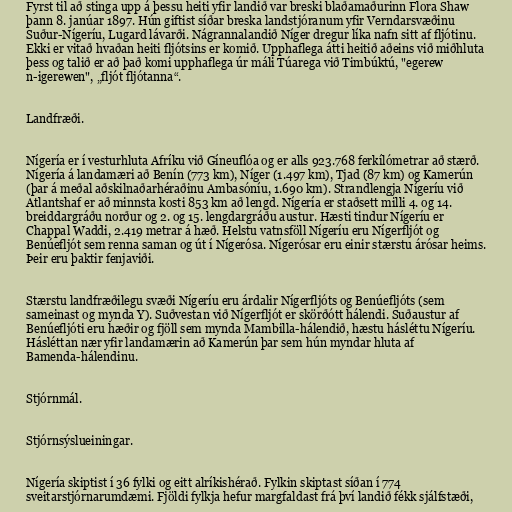
Fyrst til að stinga upp á þessu heiti yfir landið var breski blaðamaðurinn Flora Shaw
þann 8. janúar 1897. Hún giftist síðar breska landstjóranum yfir Verndarsvæðinu
Suður-Nígeríu, Lugard lávarði. Nágrannalandið Níger dregur líka nafn sitt af fljótinu.
Ekki er vitað hvaðan heiti fljótsins er komið. Upphaflega átti heitið aðeins við miðhluta
þess og talið er að það komi upphaflega úr máli Túarega við Timbúktú, "egerew
n-igerewen", „fljót fljótanna“.

Landfræði.

Nígería er í vesturhluta Afríku við Gíneuflóa og er alls 923.768 ferkílómetrar að stærð.
Nígería á landamæri að Benín (773 km), Níger (1.497 km), Tjad (87 km) og Kamerún
(þar á meðal aðskilnaðarhéraðinu Ambasóníu, 1.690 km). Strandlengja Nígeríu við
Atlantshaf er að minnsta kosti 853 km að lengd. Nígería er staðsett milli 4. og 14.
breiddargráðu norður og 2. og 15. lengdargráðu austur. Hæsti tindur Nígeríu er
Chappal Waddi, 2.419 metrar á hæð. Helstu vatnsföll Nígeríu eru Nígerfljót og
Benúefljót sem renna saman og út í Nígerósa. Nígerósar eru einir stærstu árósar heims.
Þeir eru þaktir fenjaviði.

Stærstu landfræðilegu svæði Nígeríu eru árdalir Nígerfljóts og Benúefljóts (sem
sameinast og mynda Y). Suðvestan við Nígerfljót er skörðótt hálendi. Suðaustur af
Benúefljóti eru hæðir og fjöll sem mynda Mambilla-hálendið, hæstu hásléttu Nígeríu.
Hásléttan nær yfir landamærin að Kamerún þar sem hún myndar hluta af
Bamenda-hálendinu.

Stjórnmál.

Stjórnsýslueiningar.

Nígería skiptist í 36 fylki og eitt alríkishérað. Fylkin skiptast síðan í 774
sveitarstjórnarumdæmi. Fjöldi fylkja hefur margfaldast frá því landið fékk sjálfstæði,